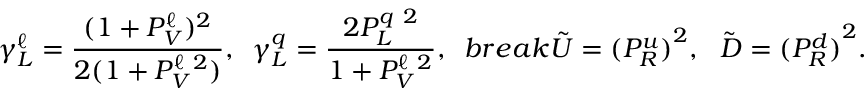
\ \gamma _ { L } ^ { \ell } = \frac { ( 1 + P _ { V } ^ { \ell } ) ^ { 2 } } { 2 ( 1 + P _ { V } ^ { \ell \ 2 } ) } , \, \ \gamma _ { L } ^ { q } = \frac { 2 P _ { L } ^ { q \ 2 } } { 1 + P _ { V } ^ { \ell \ 2 } } , \ \, b r e a k \tilde { U } = { ( P _ { R } ^ { u } ) } ^ { 2 } , \ \ \tilde { D } = { ( P _ { R } ^ { d } ) } ^ { 2 } .